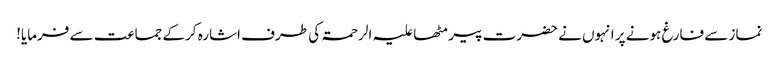
نماز سے فارغ ہونے پر انہوں نے حضرت پیر مٹھا علیہ الرحمۃ کی طرف اشارہ کرکے جماعت سے فرمایا!